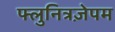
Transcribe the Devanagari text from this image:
फ्लुनित्रज़ेपम